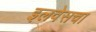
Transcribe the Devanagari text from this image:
इलवेसचा